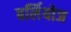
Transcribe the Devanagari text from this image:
बर्लियोज